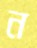
ন